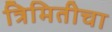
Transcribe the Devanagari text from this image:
त्रिमितीचा